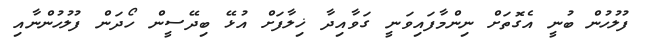
ފުލުހުން ބުނީ އެގޮތަށް ނިންމާފައިވަނީ ގަވާއިދާ ޚިލާފަށް އުޅޭ ބިދޭސީން ހޯދަން ފުލުހުންނާއި